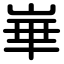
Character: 崋